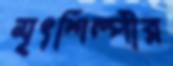
মৃৎশিল্পীর